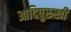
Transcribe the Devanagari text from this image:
आदिपुरुखीं